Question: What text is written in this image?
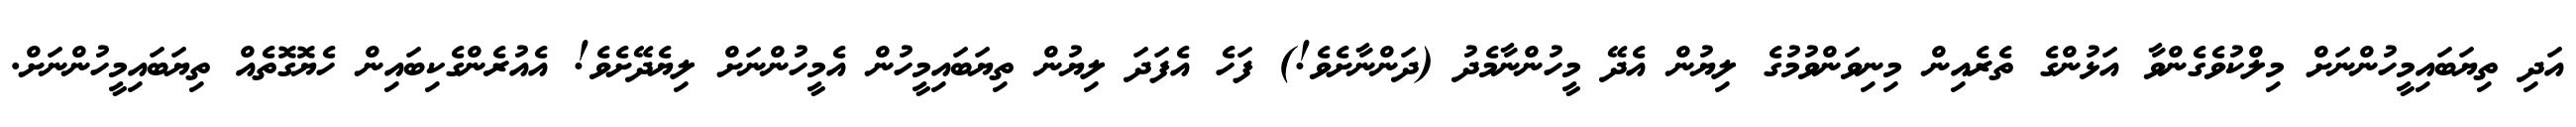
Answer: އަދި ތިޔަބައިމީހުންނަށް މިލްކުވެގެންވާ އަޅުންގެ ތެރެއިން މިނިވަންވުމުގެ ލިޔުން އެދޭ މީހުންނާމެދު (ދަންނާށެވެ!) ފަހެ އެފަދަ ލިޔުން ތިޔަބައިމީހުން އެމީހުންނަށް ލިޔެދޭށެވެ! އެއުރެންގެކިބައިން ހެޔޮގޮތެއް ތިޔަބައިމީހުންނަށް.